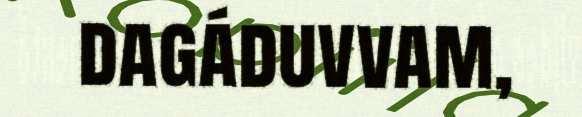
dagáduvvam,